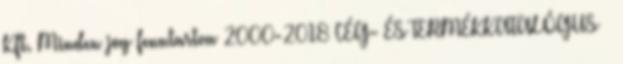
Kft. Minden jog fenntartva 2000-2018 CÉG- ÉS TERMÉKKATALÓGUS »